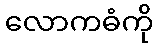
လောကဓံကို